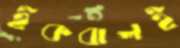
ইকবালই